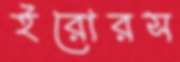
ইরোরস